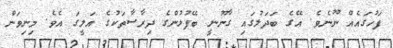
ފަހުގައެއް ނޫނެވެ. އޭގެ ބަދަލުގައި ގާނޫނީ ބޭފުޅުންގެ ދިރާސާތަކުގެ އަލީގަ އެވެ. މިނިވަން